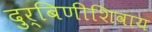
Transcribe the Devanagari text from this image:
दुर्बिणीशिवाय